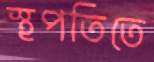
স্থপতিতে